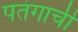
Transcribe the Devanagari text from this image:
पतंगाची